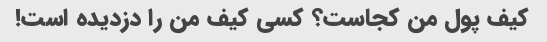
کیف پول من کجاست؟ کسی کیف من را دزدیده است!